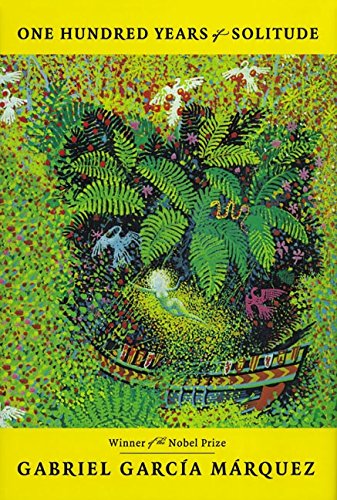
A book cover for One Hundred Years of Solitude; Gabriel Garcia Marquez; Literature & Fiction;